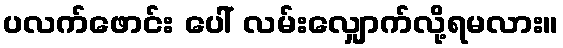
ပလက်ဖောင်း ပေါ် လမ်းလျှောက်လို့ရမလား။